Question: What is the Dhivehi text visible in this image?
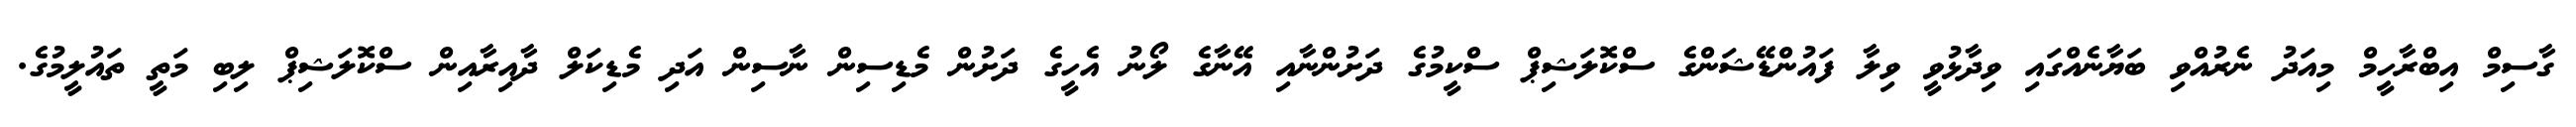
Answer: ގާސިމް އިބްރާހީމް މިއަދު ނެރުއްވި ބަޔާނެއްގައި ވިދާޅުވީ ވިލާ ފައުންޑޭޝަންގެ ސްކޮލަޝިޕް ސްކީމުގެ ދަށުންނާއި އޭނާގެ ލޯނު އެހީގެ ދަށުން މެޑިސިން ނާސިން އަދި މެޑިކަލް ދާއިރާއިން ސްކޮލަޝިޕް ލިބި މަތީ ތައުލީމުގެ.